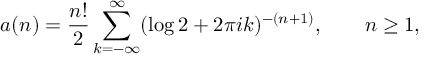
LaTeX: a ( n ) = { \frac { n ! } { 2 } } \sum _ { k = - \infty } ^ { \infty } ( \log 2 + 2 \pi i k ) ^ { - ( n + 1 ) } , \qquad n \geq 1 ,